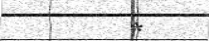
*